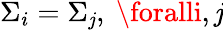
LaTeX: \Sigma_{i}=\Sigma_{\mathit{j}},\ \foralli,\mathit{j}